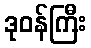
ဒုဝန်ကြီး